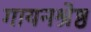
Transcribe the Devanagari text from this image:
गायनश्रेष्ठ